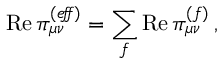
\mathrm { R e } \, \pi _ { \mu \nu } ^ { ( e \! f \! \! f ) } = \sum _ { f } \mathrm { R e } \, \pi _ { \mu \nu } ^ { ( f ) } \, ,